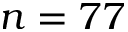
n = 7 7